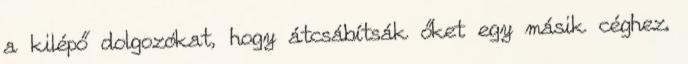
a kilépő dolgozókat, hogy átcsábítsák őket egy másik céghez.